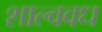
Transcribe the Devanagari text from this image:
शाल्ववध